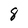
Character: 8